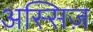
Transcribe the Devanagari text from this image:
अस्सिज़